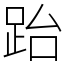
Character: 跆